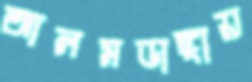
আলমডাঙ্গায়